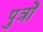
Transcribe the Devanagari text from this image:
पु़त्रों